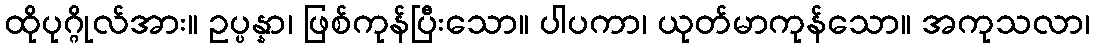
ထိုပုဂ္ဂိုလ်အား။ ဥပ္ပန္နာ၊ ဖြစ်ကုန်ပြီးသော။ ပါပကာ၊ ယုတ်မာကုန်သော။ အကုသလာ၊